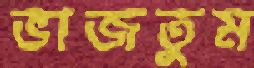
ভাজতুম